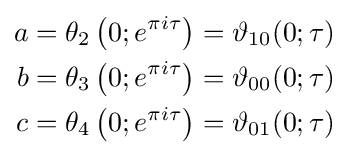
{\begin{aligned}a&=\theta _{2}\left(0;e^{\pi i\tau }\right)=\vartheta _{10}(0;\tau )\\b&=\theta _{3}\left(0;e^{\pi i\tau }\right)=\vartheta _{00}(0;\tau )\\c&=\theta _{4}\left(0;e^{\pi i\tau }\right)=\vartheta _{01}(0;\tau )\end{aligned}}